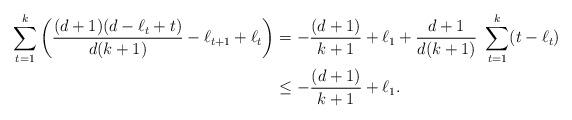
LaTeX: \begin{align*}\sum_{t=1}^k \left(\frac{(d+1)(d-\ell_t+t)}{d(k+1)}-\ell_{t+1}+\ell_t \right)&= -\frac{(d+1)}{k+1}+\ell_1 + \frac{d+1}{d(k+1)} ~\sum_{t=1}^k (t-\ell_t)\\&\le -\frac{(d+1)}{k+1}+\ell_1. \end{align*}